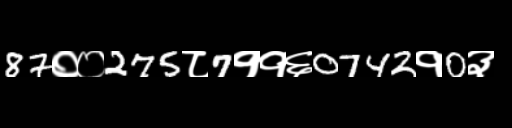
Text: 87००275८7११६0742१0३